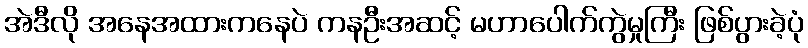
အဲဒီလို အနေအထားကနေပဲ ကနဦးအဆင့် မဟာပေါက်ကွဲမှုကြီး ဖြစ်ပွားခဲ့ပုံ